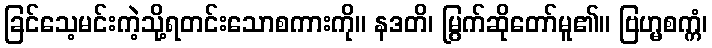
ခြင်သေ့မင်းကဲ့သို့ရတင်းသောစကားကို။ နဒတိ၊ မြွက်ဆိုတော်မူ၏။ ဗြဟ္မစက္ကံ၊